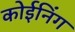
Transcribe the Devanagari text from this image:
कोईनिंग